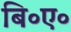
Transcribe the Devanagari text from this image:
बि॰ए॰